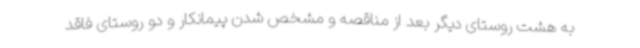
به هشت روستای دیگر بعد از مناقصه و مشخص شدن پیمانکار و دو روستای فاقد